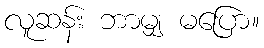
လူဆန်း ဘာမျှ မပြော။